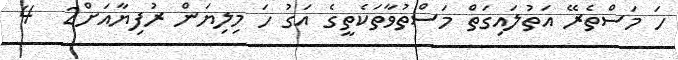
ހަ މަސްތެރޭ އަތުލައިގަތް މަސްތުވާތަކެތީގެ އަގު ހަ މިލިޔަން ރުފިޔާއަށް2  4